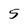
Character: 5